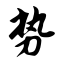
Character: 势